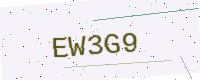
Text: EW3G9